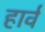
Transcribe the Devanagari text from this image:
हार्व